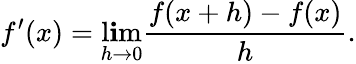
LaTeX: f^{\prime}(x)=\operatorname*{l\mathbf{i}m}_{h\to0}{\frac{{f(x+h)-f(x)}}{{h}}}.